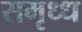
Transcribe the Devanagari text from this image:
समृध्ध